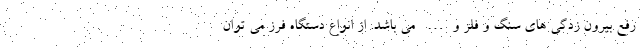
رفع بیرون زدگی های سنگ و فلز و… می باشد. از انواع دستگاه فرز می توان